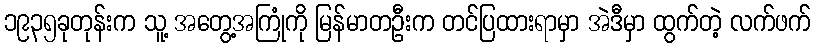
၁၉၃၅ခုတုန်းက သူ့ အတွေ့အကြုံကို မြန်မာတဦးက တင်ပြထားရာမှာ အဲဒီမှာ ထွက်တဲ့ လက်ဖက်